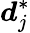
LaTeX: \boldsymbol{d}_{j}^{*}